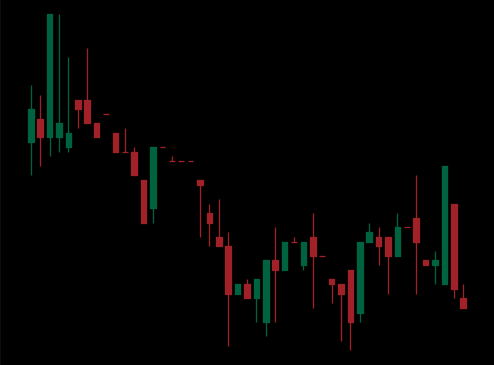
Pattern: bull_flag